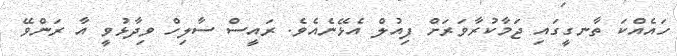
ހައެއްކަ ތާނގީގައި ޖަމާކުރާވަރަށް ފިއުލް އެޅޭނެއެވެ. ރައީސް ސާލިހް ވިދާޅުވީ އާ ރަންވޭ